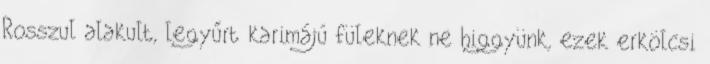
Rosszul alakult, legyűrt karimájú füleknek ne higgyünk, ezek erkölcsi